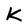
Character: k